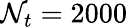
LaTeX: \mathcal{N}_{t}=2000